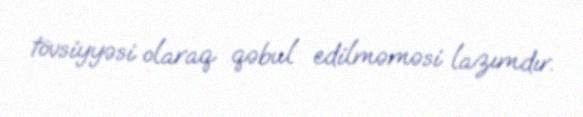
tövsiyyəsi olaraq qəbul edilməməsi lazımdır.